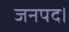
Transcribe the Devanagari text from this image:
जनपद।